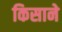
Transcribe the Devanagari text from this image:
किसाने